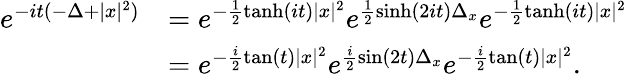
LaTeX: \begin{array}{rl}{e^{-it(-\Delta+|x|^{2})}}&{=e^{-\frac{1}{2}\operatorname{tanh}(it)|x|^{2}}e^{\frac{1}{2}\sinh(2it)\Delta_{x}}e^{-\frac{1}{2}\operatorname{tanh}(it)|x|^{2}}}\\ &{=e^{-\frac{i}{2}\tan(t)|x|^{2}}e^{\frac{i}{2}\sin(2t)\Delta_{x}}e^{-\frac{i}{2}\tan(t)|x|^{2}}.}\end{array}